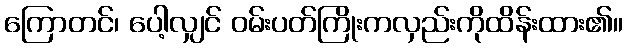
ကြောတင်၊ ပေါ့လျှင် ဝမ်းပတ်ကြိုးကလှည်းကိုထိန်းထား၏။